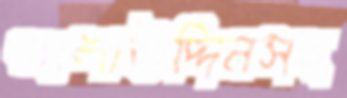
আলাউদ্দিনসহ